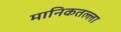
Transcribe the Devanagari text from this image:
मानिकतल्ला